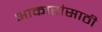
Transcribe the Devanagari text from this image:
आकारांसाठी